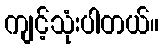
ကျင့်သုံးပါတယ်။